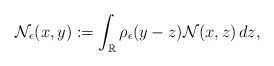
\begin{align*}\mathcal{N}_{\epsilon}(x,y):=\int_{\mathbb{R}} \rho_{\epsilon} (y-z)\mathcal{N}(x,z)\,dz,\end{align*}